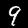
Digit: 9